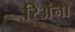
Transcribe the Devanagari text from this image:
रिअंना